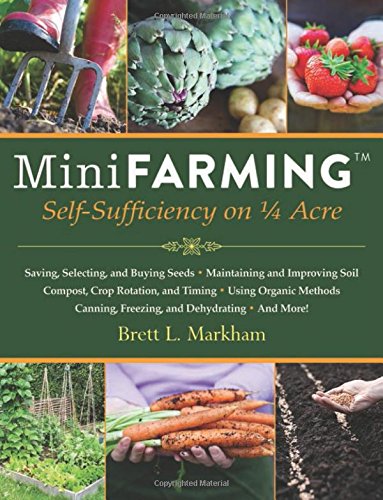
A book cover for Mini Farming: Self-Sufficiency on 1/4 Acre; Brett L. Markham; Crafts, Hobbies & Home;